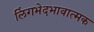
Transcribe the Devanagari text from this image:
लिंगभेदभावात्मक